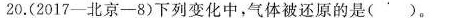
20.(2017-北京-8)下列变化中，气体被还原的是( )。